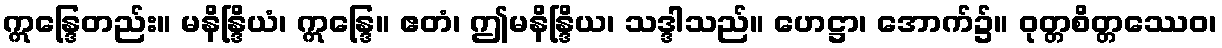
ဣန္ဒြေတည်း။ မနိန္ဒြိယံ၊ ဣန္ဒြေ။ ဧတံ၊ ဤမနိန္ဒြိယ၊ သဒ္ဒါသည်။ ဟေဋ္ဌာ၊ အောက်၌။ ဝုတ္တစိတ္တဿေဝ၊